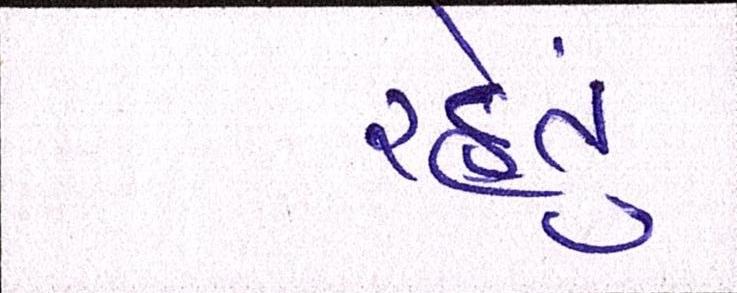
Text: રહેતું